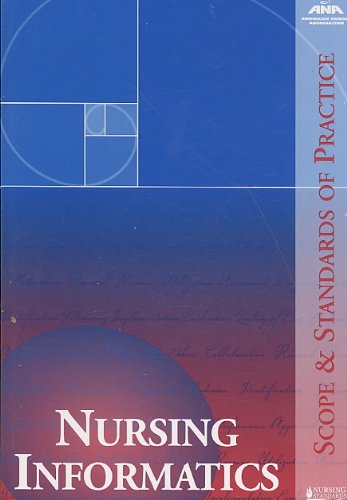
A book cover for Nursing Informatics: Scope & Standards of Practice (American Nurses Association); Ana; Medical Books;